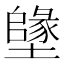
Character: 𡒰